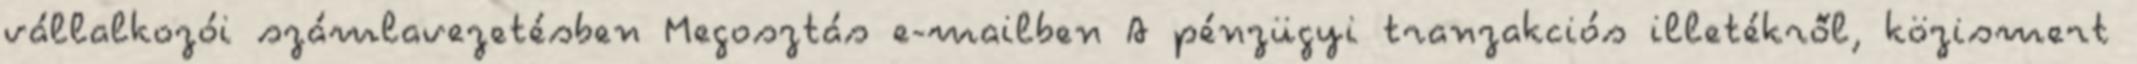
vállalkozói számlavezetésben Megosztás e-mailben A pénzügyi tranzakciós illetékről, közismert